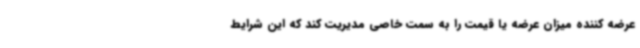
عرضه کننده میزان عرضه یا قیمت را به سمت خاصی مدیریت کند که این شرایط